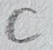
Text: C